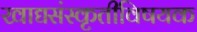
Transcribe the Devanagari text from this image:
खाद्यसंस्कृतीविषयक